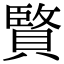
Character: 𮚚